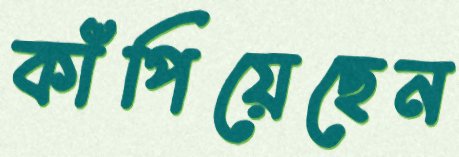
কাঁপিয়েছেন